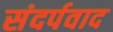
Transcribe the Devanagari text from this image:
संदर्पवाद